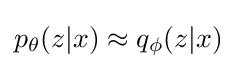
p_{\theta }(z|x)\approx q_{\phi }(z|x)